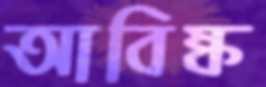
আবিষ্ক